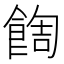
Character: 䭇